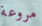
مروعة